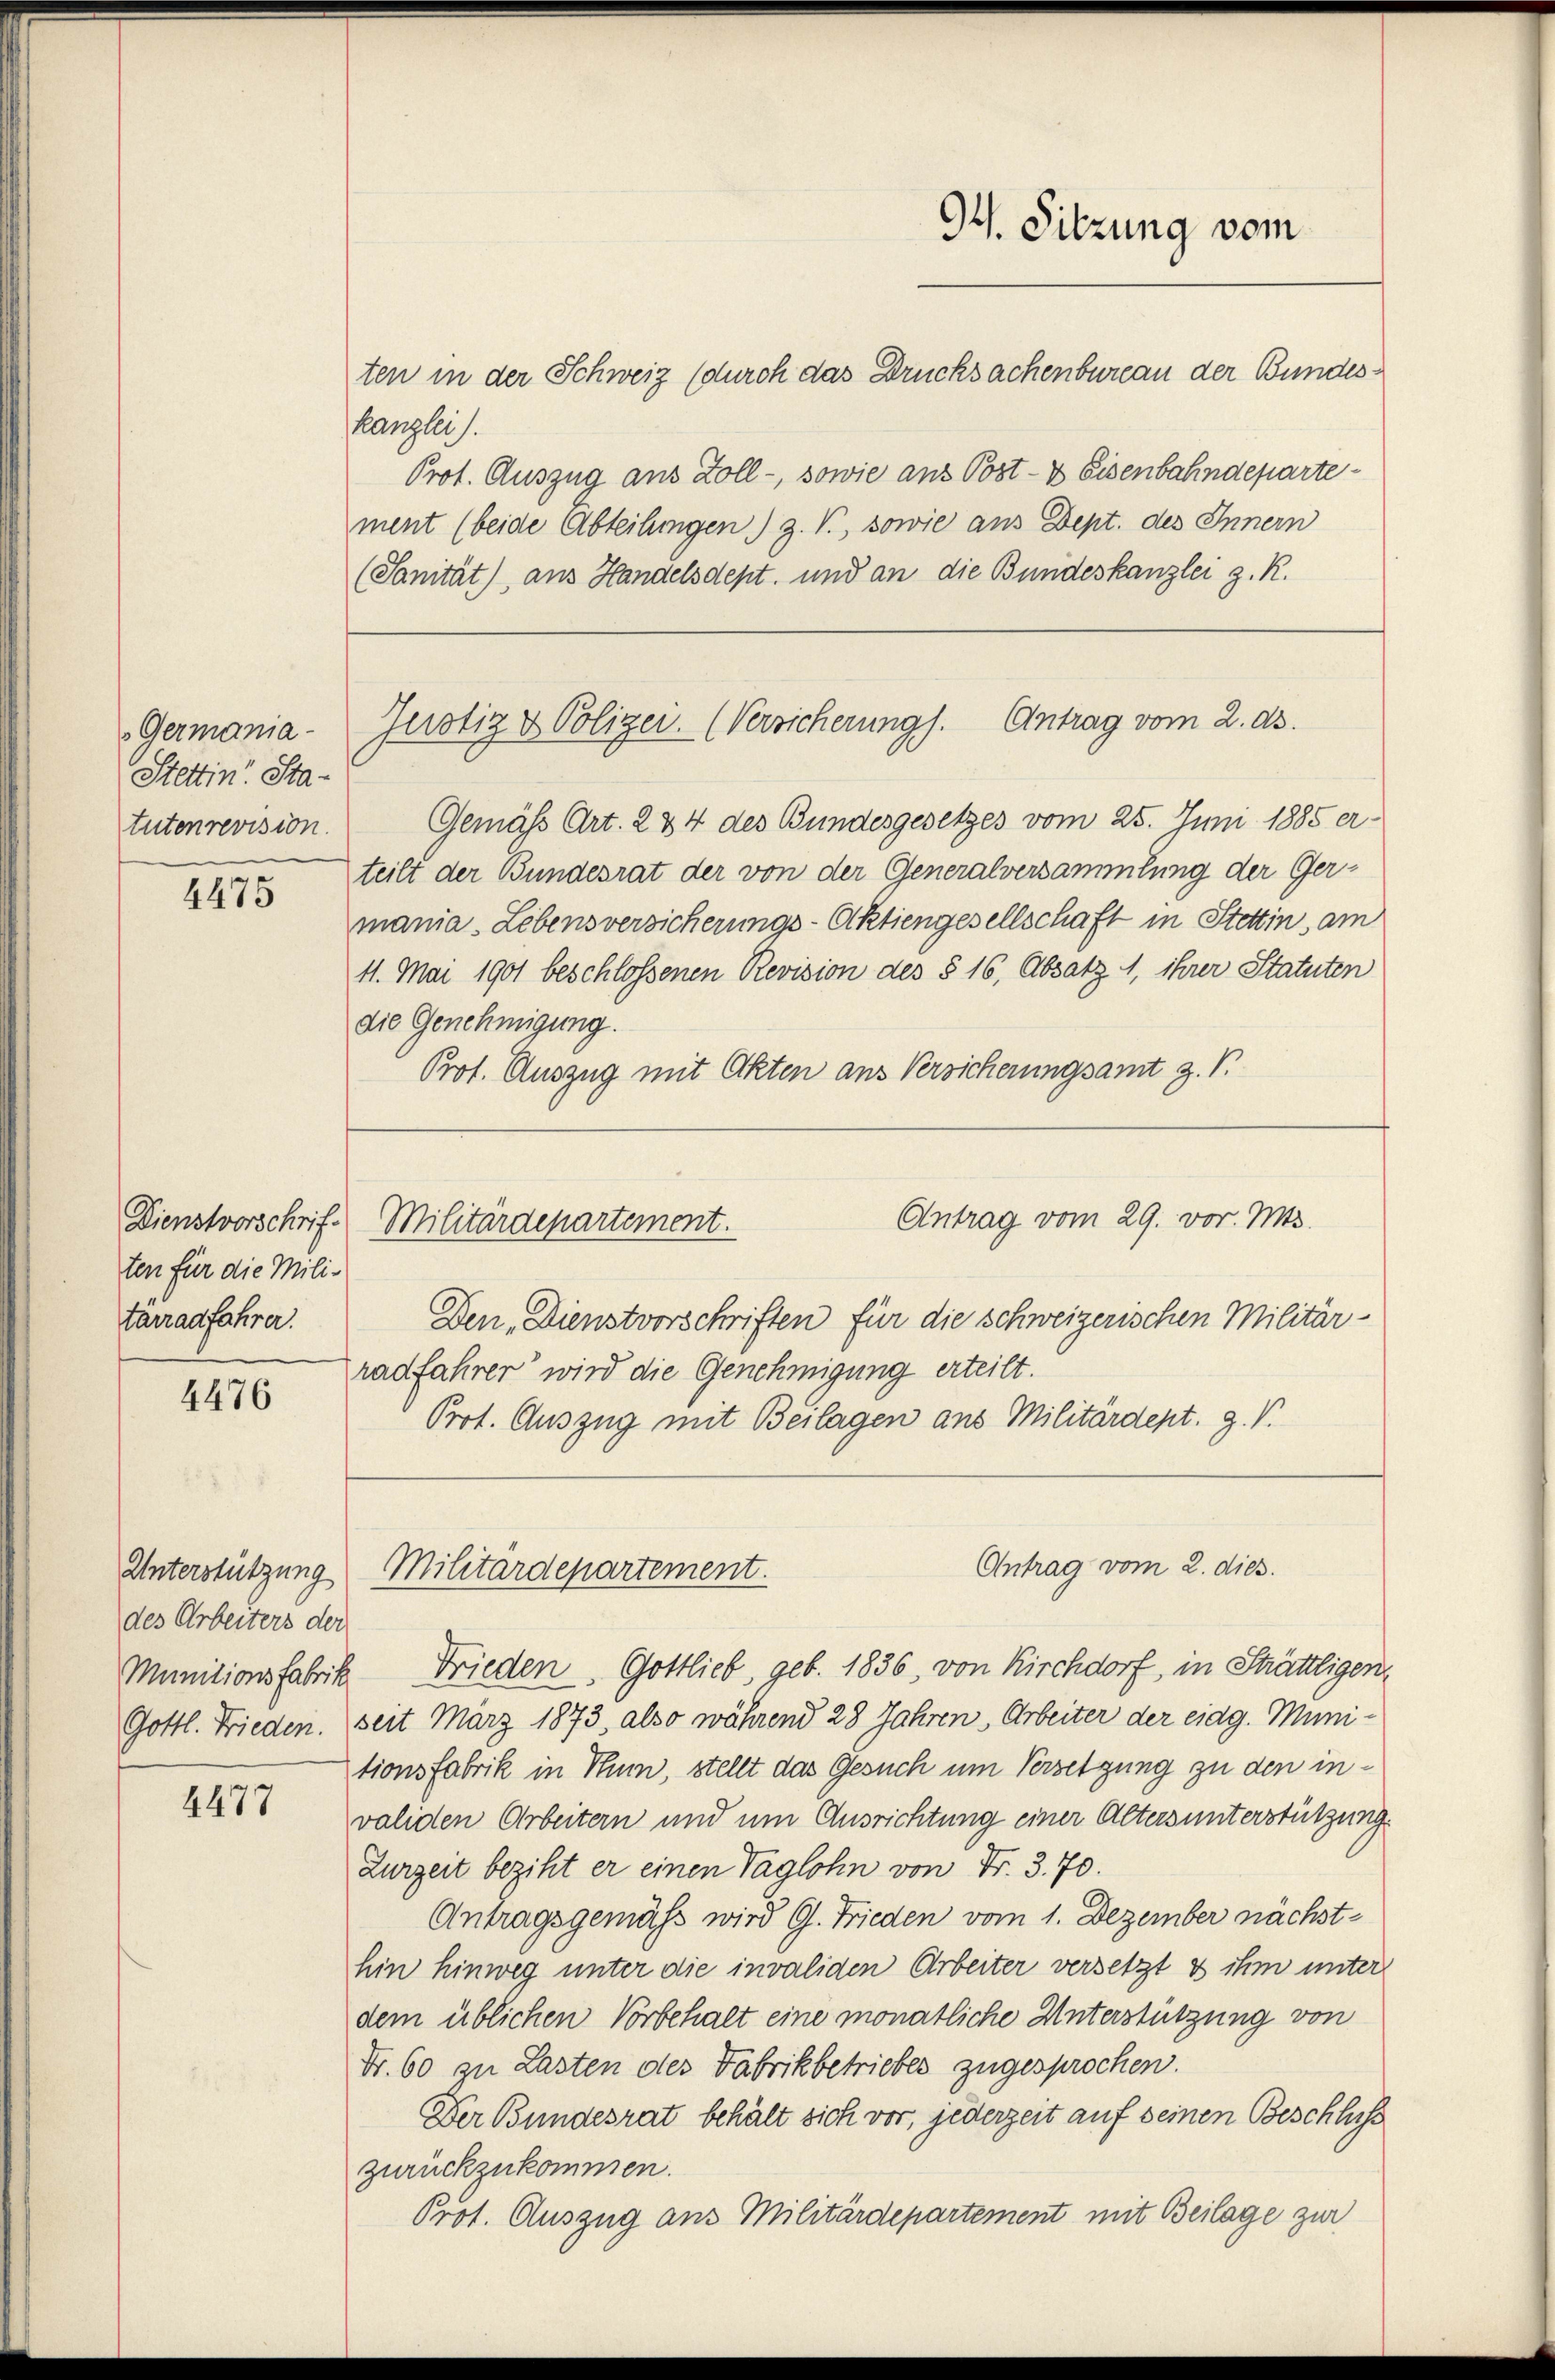
Germania-
Stettin Sta-
tutenrevision.

4475

Dienstvorschriften für die Mili-
tärradfahrer.

4476

Unterstützung
des Arbeiters der

4477

kanzlei).
Prot. Auszug aus Zoll-, sowie ans Post- & Eisenbahndepartement (beide Abteilungen) Z. V., sowie aus Dept. des Innern
(Sanität), aus Handelsdept, und an die Bundeskanzlei z. R.

Gemäß Art. 234 des Bundesgesetzes vom 25. Juni 1885 er-
teilt der Bundesrat der von der Generalversammlung der Germania. Lebensversicherungs-Aktiengesellschaft in Stettin, am
11. Mai 1901 beschlossenen Revision des § 16, Absatz 1, ihrer Statuten
die Genehmigung.
Prot. Auszug mit Akten aus Versicherungsamt z. B.

9t. Sitzung vom
ten in der Schweiz (durch das Drucksachenbureau der Bundes¬

Jurotiz & Polizei. (Versicherung). Antrag vom 2. ds.

Antrag vom 29. vor. Mts.
Militärdepartement.
Den Dienstvorschriften für die schweizerischen Militär-

radfahrer“ wird die Genehmigung erteilt.
Prot. Auszug mit Beilagen aus Militärdept. Z. V.

Militärdepartement.

Antrag vom 2. dies.

Munitionsfabrik Frieden. Gottlieb, geb. 1836, von Kirchdorf, in Strättligen,
Gottl. Frieden. Seit März 1873, also während 28 Jahren, Arbeiter der eidg. Munitionsfabrik in Thun, stellt das Gesuch um Versetzung zu den invaliden Arbeitern und um Ausrichtung einer Altersunterstützung
Zurzeit beziht er einen Taglohn von Fr. 3. 70.
Antragsgemäss wird G. Frieden vom 1. Dezember nächsthin hinweg unter die invaliden Arbeiter versetzt & ihm unter
dem üblichen Vorbehalt eine monatliche Unterstützung von
Fr. 60 zu Lasten des Fabrikbetriebes zugesprochen.
Der Bundesrat behält sich vor, jederzeit auf seinen Beschluss
zurückzukommen.
Prot. Auszug aus Militärdepartement mit Beilage zur